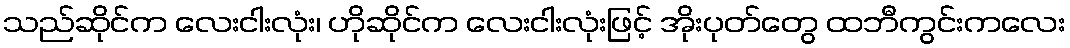
သည်ဆိုင်က လေးငါးလုံး၊ ဟိုဆိုင်က လေးငါးလုံးဖြင့် အိုးပုတ်တွေ ထဘီကွင်းကလေး